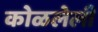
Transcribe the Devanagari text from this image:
कोळलेली